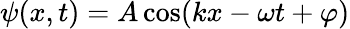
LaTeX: \psi(x,t)=A\cos(kx-\omega t+\varphi)